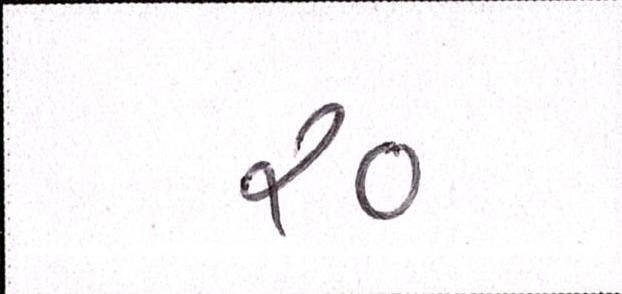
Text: ર૦